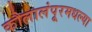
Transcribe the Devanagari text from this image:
कौलालंपूरमधल्या